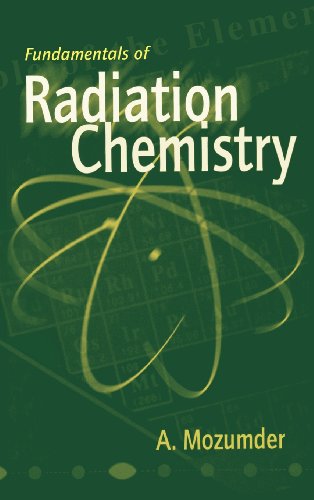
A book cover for Fundamentals of Radiation Chemistry; A. Mozumder; Science & Math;